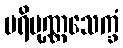
ပရိပုဏ္ဏသေက္ခံ